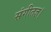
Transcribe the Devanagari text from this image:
संगीतज्ञ।